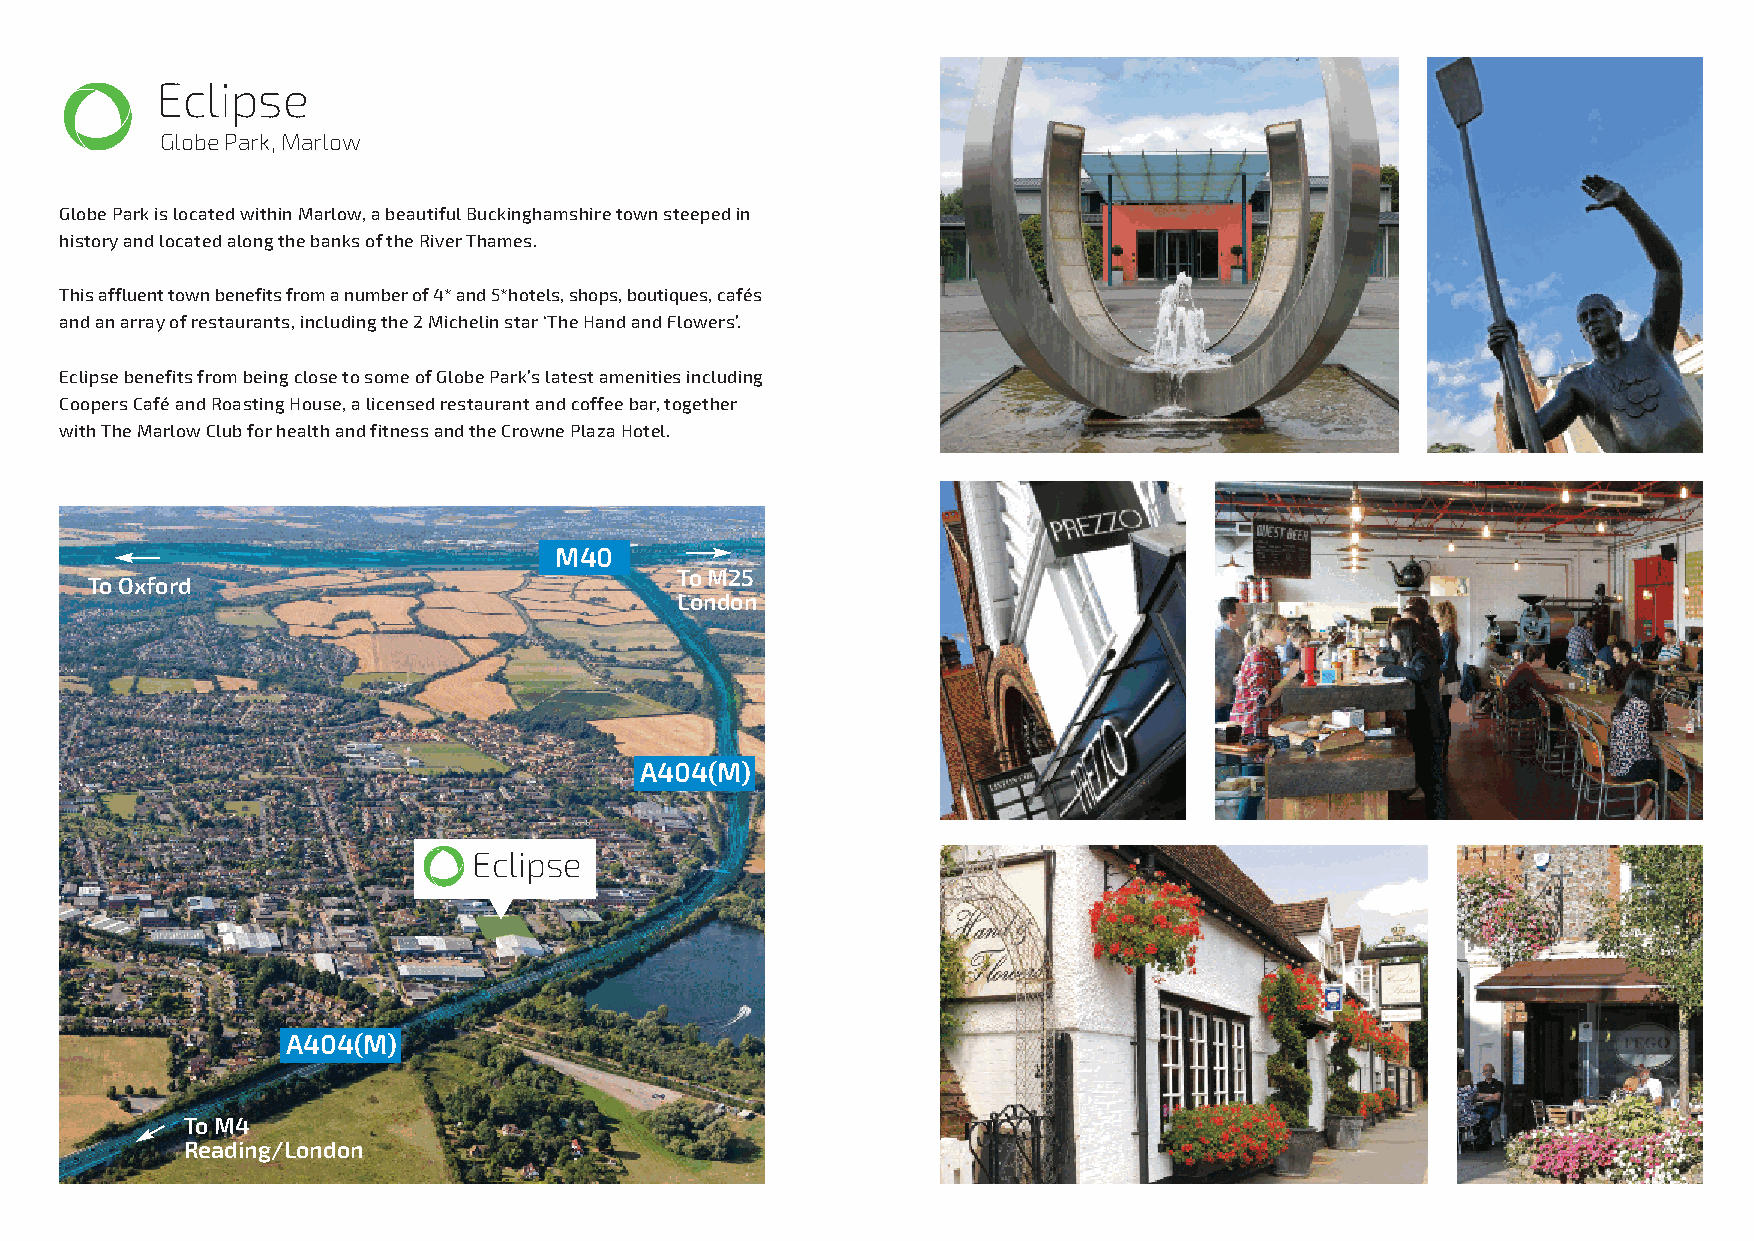
Eclipse
 Globe Park, Marlow
 Globe Park is located within Marlow, a beautiful Buckinghamshire town steeped in
 history and located along the banks of the River Thames.
 This affluent town benefits from a number of 4* and 5*hotels, shops, boutiques,cafés
 and an array of restaurants, including the 2 Michelin star ‘The Hand and Flowers’.
 Eclipse benefits from being close to some of Globe Park’s latest amenities including
 Coopers Café and Roasting House, a licensed restaurant and coffee bar, together
 with The Marlow Club for health and fitness and the Crowne Plaza Hotel.
 M40
 To M25
 To Oxford
 London
 A404(M)
 Eclipse
 A404(M)
 To M4
 Reading/London